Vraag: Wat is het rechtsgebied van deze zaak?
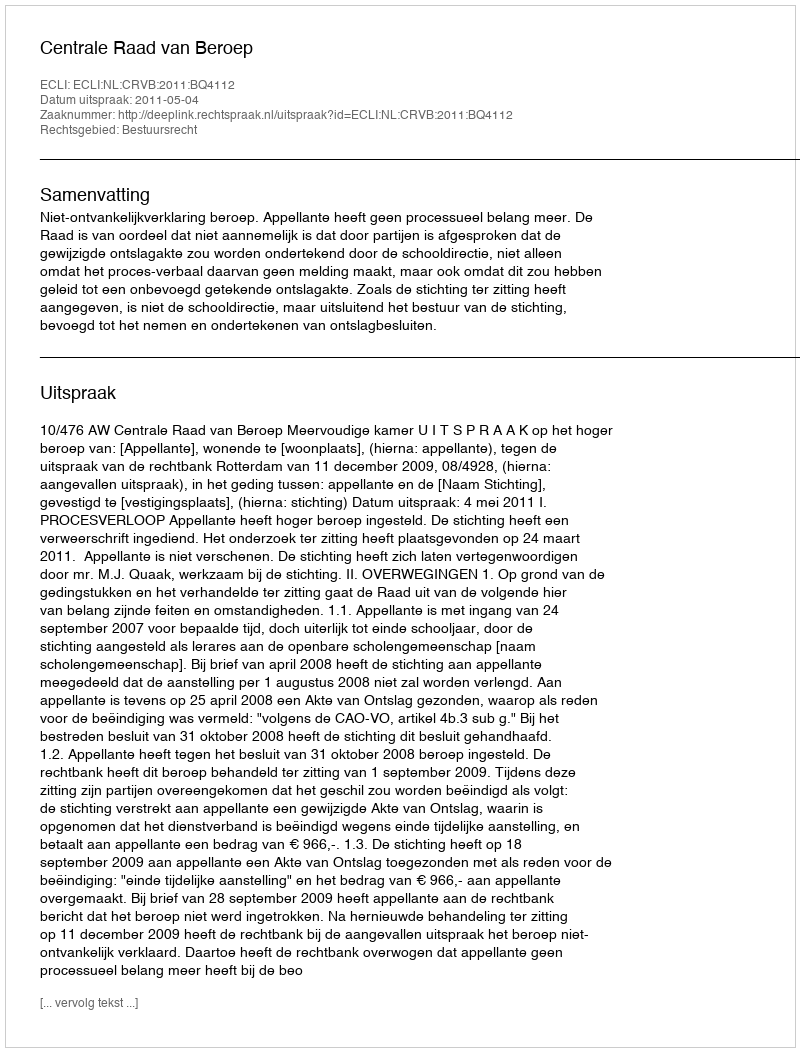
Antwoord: Bestuursrecht